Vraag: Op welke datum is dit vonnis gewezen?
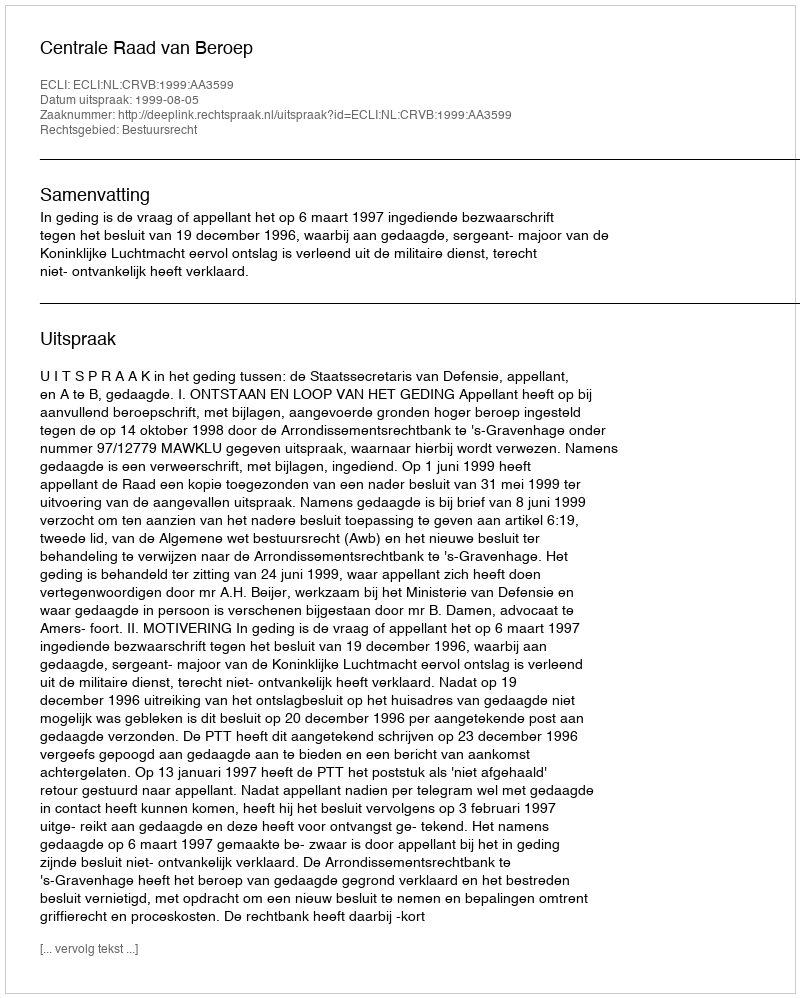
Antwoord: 1999-08-05